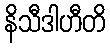
နိသီဒါဟီတိ